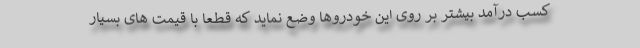
کسب درآمد بیشتر بر روی این خودروها وضع نماید که قطعا با قیمت های بسیار